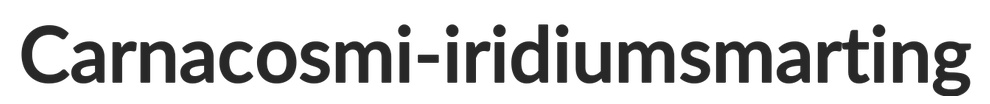
Carnac osmi-iridium smarting